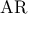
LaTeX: \ { \mathrm { A R } }